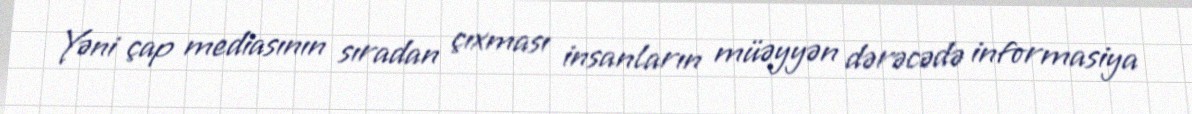
Yəni çap mediasının sıradan çıxması insanların müəyyən dərəcədə informasiya